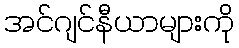
အင်ဂျင်နီယာများကို